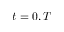
t = 0 , T